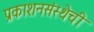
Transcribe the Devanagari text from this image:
प्रकाशनसंस्थेची